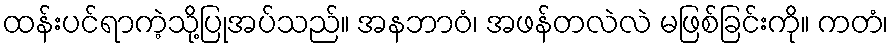
ထန်းပင်ရာကဲ့သို့ပြုအပ်သည်။ အနဘာဝံ၊ အဖန်တလဲလဲ မဖြစ်ခြင်းကို။ ကတံ၊